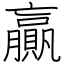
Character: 贏